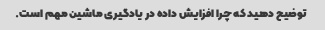
توضیح دهید که چرا افزایش داده در یادگیری ماشین مهم است.